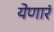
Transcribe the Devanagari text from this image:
येणारं